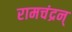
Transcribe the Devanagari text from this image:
रामचंद्रन्‌